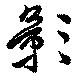
影